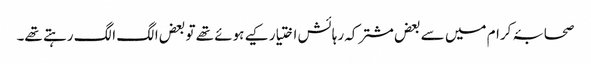
صحابۂ کرام میں سے بعض مشترکہ رہائش اختیار کیے ہوئے تھے تو بعض الگ الگ رہتے تھے۔